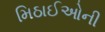
મિઠાઈઓની